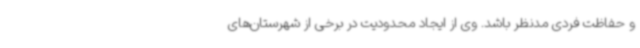
و حفاظت فردی مدنظر باشد. وی از ایجاد محدودیت در برخی از شهرستان‌های